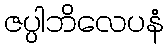
ဇပ္ပါဘိလေပနံ